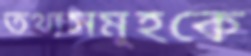
তথ্যসমূহকে